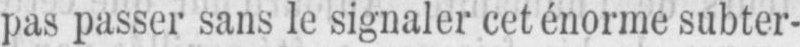
pas passer sans le signaler cet énorme subter-